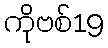
ကိုဗစ်19